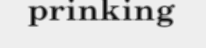
prinking